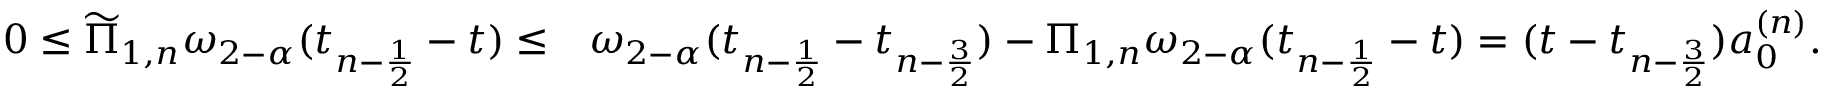
\begin{array} { r l } { 0 \le \widetilde { \Pi } _ { 1 , n } \omega _ { 2 - \alpha } ( t _ { n - \frac { 1 } { 2 } } - t ) \le } & { \omega _ { 2 - \alpha } ( t _ { n - \frac { 1 } { 2 } } - t _ { n - \frac { 3 } { 2 } } ) - \Pi _ { 1 , n } \omega _ { 2 - \alpha } ( t _ { n - \frac { 1 } { 2 } } - t ) = ( t - t _ { n - \frac { 3 } { 2 } } ) a _ { 0 } ^ { ( n ) } . } \end{array}